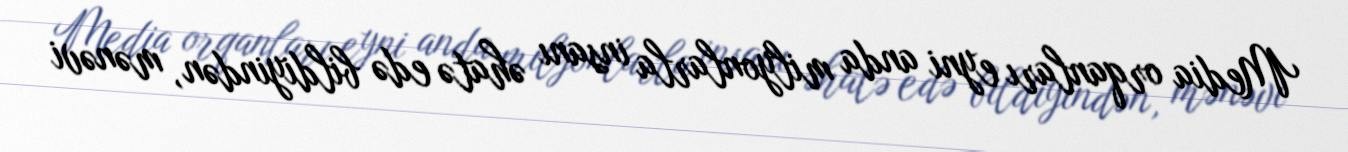
Media orqanları eyni anda milyonlarla insanı əhatə edə bildiyindən, mənəvi